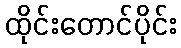
ထိုင်းတောင်ပိုင်း